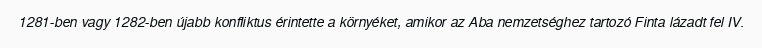
1281-ben vagy 1282-ben újabb konfliktus érintette a környéket, amikor az Aba nemzetséghez tartozó Finta lázadt fel IV.